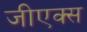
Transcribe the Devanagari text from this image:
जीएक्स